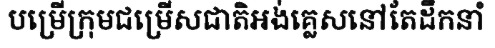
បម្រើក្រុមជម្រើសជាតិអង់គ្លេសនៅតែដឹកនាំ